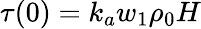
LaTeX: \tau(0)=k_{a}w_{1}\rho_{0}H